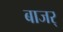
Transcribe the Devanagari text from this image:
बाजर्